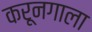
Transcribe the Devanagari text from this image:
करूनगाला